Leningradi_Edasi_toimetus, lk 70
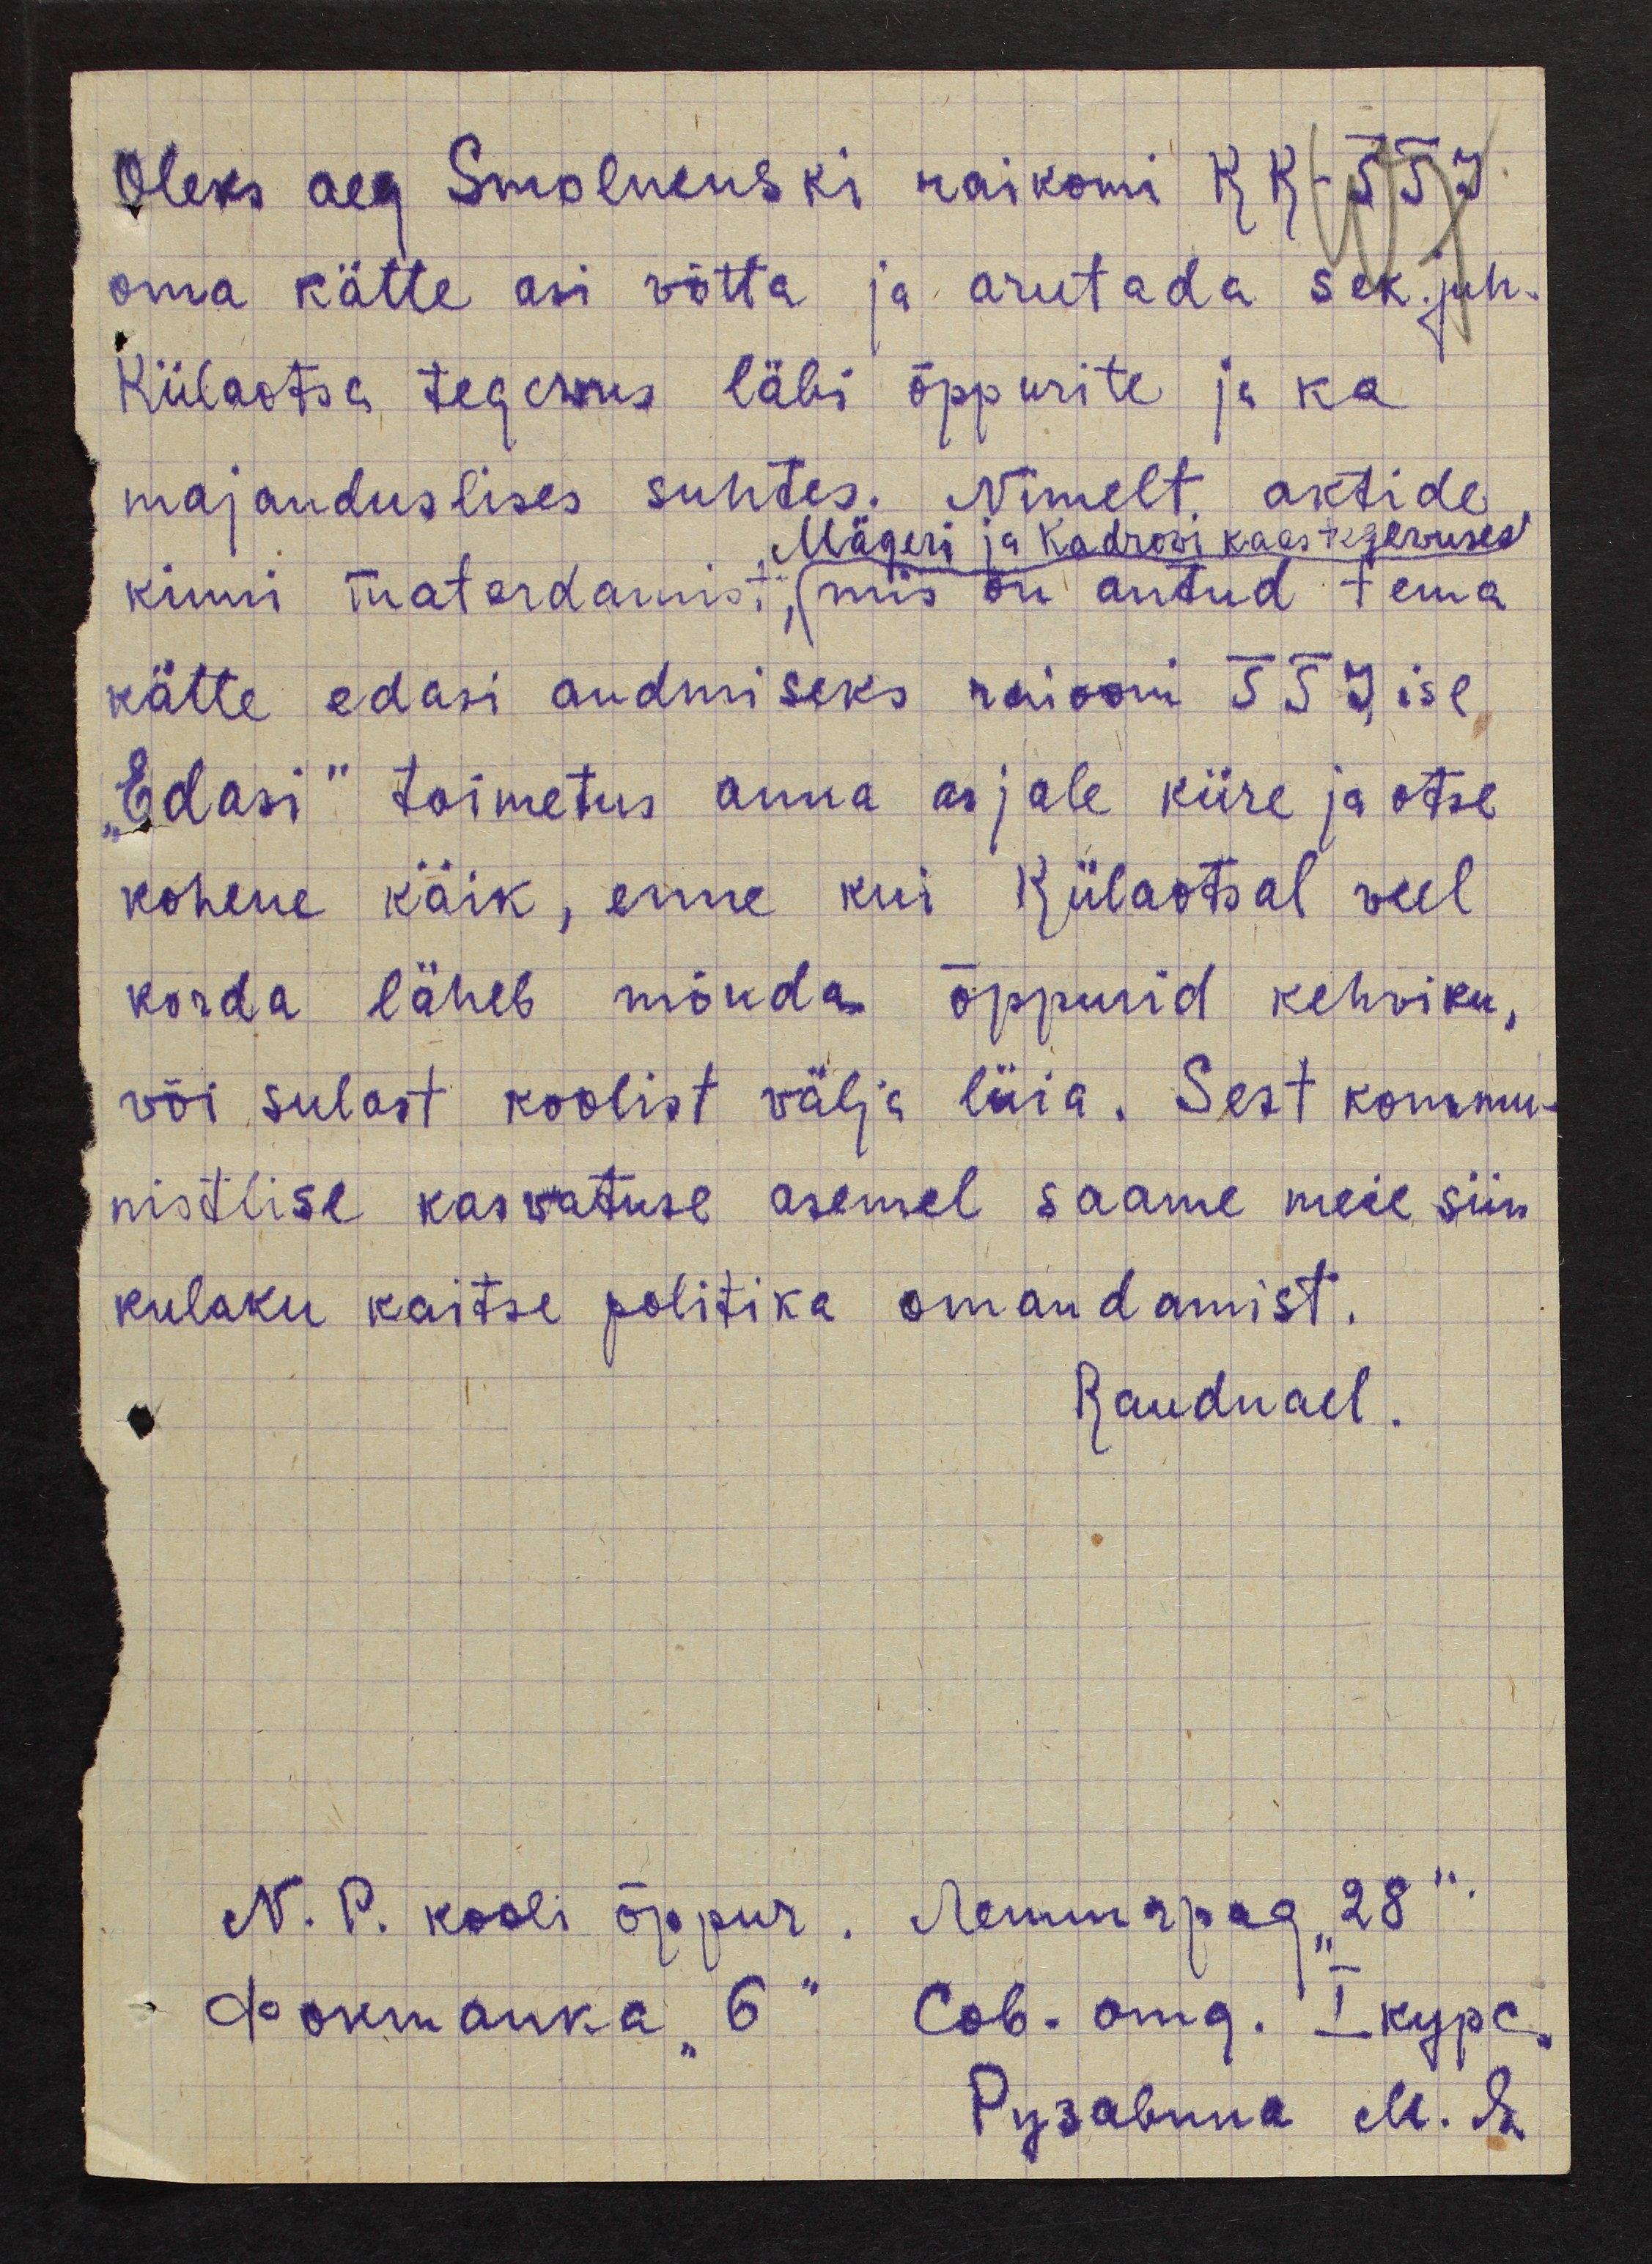
Oleks aeg Smolnenski raikomi KK - TTJ
oma kätte asi võtta ja arutada sek juh.
Külaotsa tegevus läbi õppurite ja ka
majanduslises suhtes. Nimelt aktide
Mägeri ja Kadrovi kaastegevuses
kinni materdamist, mis on antud tema
kätte edasi andmiseks raiooni TTJ ise
"Edasi" toimetus anna asjale kiire ja otse
kohene käik, enne kui Külaotsal veel
korda läheb mõnda õppurid kehviku,
või sulast koolist välja lüia. Sest kommu-
nistlise kasvatuse asemel saame meie siin
kulaku kaitse politika omandamist.
Raudnael.
N. P. kooli õppur. Ленинград "28“